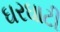
ઘરઘાટી